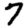
Digit: 7